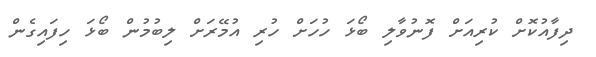
ދިފާއުކޮށް ކުރިއަށް ފޮނުވާލި ބޯޅަ ހުހަށް ހުރި އުމޭރަށް ލިބުމުން ބޯޅަ ހިފައިގެން